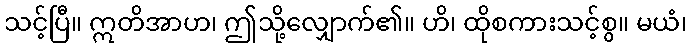
သင့်ပြီ။ ဣတိအာဟ၊ ဤသို့လျှောက်၏။ ဟိ၊ ထိုစကားသင့်စွ။ မယံ၊